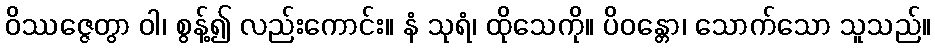
ဝိဿဇ္ဇေတွာ ဝါ၊ စွန့်၍ လည်းကောင်း။ နံ သုရံ၊ ထိုသေကို။ ပိဝန္တော၊ သောက်သော သူသည်။